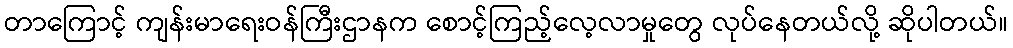
တာကြောင့် ကျန်းမာရေးဝန်ကြီးဌာနက စောင့်ကြည့်လေ့လာမှုတွေ လုပ်နေတယ်လို့ ဆိုပါတယ်။